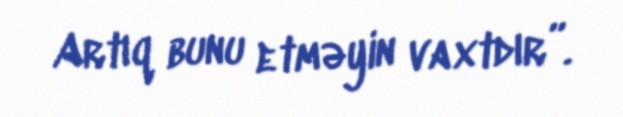
Artıq bunu etməyin vaxtdır”.